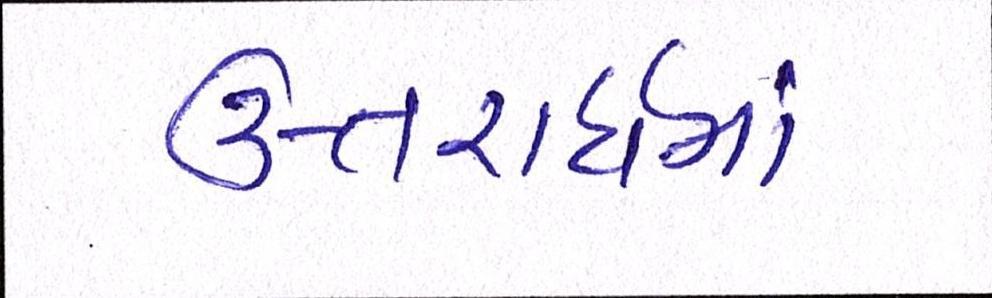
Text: ઉત્તરાર્ધમાં